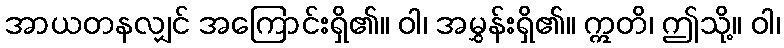
အာယတနလျှင် အကြောင်းရှိ၏။ ဝါ၊ အမွှန်းရှိ၏။ ဣတိ၊ ဤသို့။ ဝါ၊